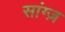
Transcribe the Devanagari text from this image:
सांग्ज़